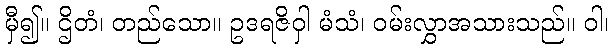
မှီ၍။ ဌိတံ၊ တည်သော။ ဥဒရဇိဝှါ မံသံ၊ ဝမ်းလွှာအသားသည်။ ဝါ၊